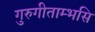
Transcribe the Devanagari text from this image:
गुरुगीताम्भसि